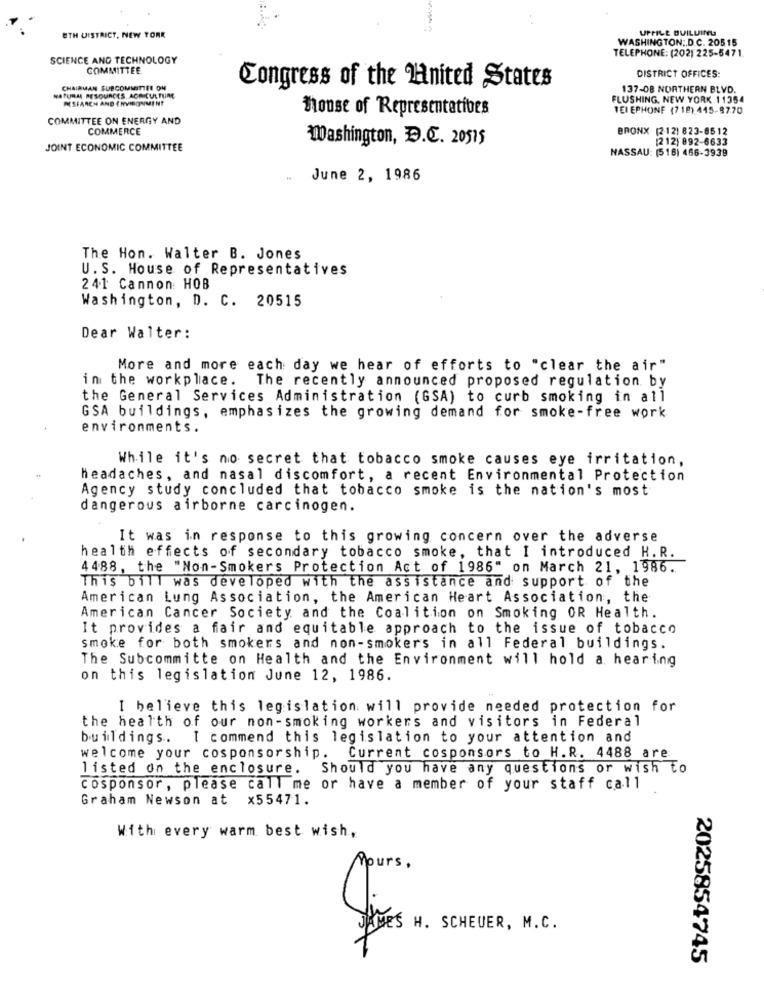
UPFILE BUILDING
UTH DISTRICT, NEW YORK
WASHINGTON; D.C. 20515
TELEPHONE: (202) 225-5471
SCIENCE AND TECHNOLOGY
COMMITTEE
DISTRICT OFFICES:
CHAIRMAN SUBCOMMITTEE ON
Congress of the nited States
137-08 NORTHERN BLVD.
NATURAL RESOURCES, ACH CULTURE
RESEARCH AND ENVIRONMENT
FLUSHING, NEW YORK 11354
house of Representatives
TEI EPHONE (718) 445-87.70
COMMITTEE ON ENERGY AND
COMMERCE
BRONX (212) 823-8512
Washington, D.C. 20515
[212) 892-6633
JOINT ECONOMIC COMMITTEE
NASSAU: [516) 466-3939
June 2, 1986
The Hon. Walter B. Jones
U.S. House of Representatives
241 Cannon: HOB
Washington, D. C. 20515
Dear Walter:
More and more each day we hear of efforts to "clear the air"
in the workplace. The recently announced proposed regulation by
the General Services Administration (GSA) to curb smoking in all
GSA buildings, emphasizes the growing demand for smoke-free work
environments.
While it's no secret that tobacco smoke causes eye irritation,
headaches, and nasal discomfort, a recent Environmental Protection
Agency study concluded that tobacco smoke is the nation's most
dangerous airborne carcinogen.
It was in response to this growing concern over the adverse
health effects of secondary tobacco smoke, that I introduced H.R.
4488, the "Non-Smokers Protection Act of 1986" on March 21, 1986.
This bill was developed with the assistance and support of the
American Lung Association, the American Heart Association, the
American Cancer Society and the Coalition on Smoking OR Health.
It provides a fair and equitable approach to the issue of tobacco
smoke for both smokers and non-smokers in all Federal buildings.
The Subcommitte on Health and the Environment will hold a hearing
on this legislation June 12, 1986.
I believe this legislation will provide needed protection for
the health of our non-smoking workers and visitors in Federal
buildings. I commend this legislation to your attention and
welcome your cosponsorship. Current cosponsors to H.R. 4488 are
listed on the enclosure. Should you have any questions or wish to
cosponsor, please call me or have a member of your staff call
Graham Newson at x55471.
With every warm best wish,
Mours,
JAMES H. SCHEUER, M.C.
2025854745